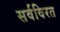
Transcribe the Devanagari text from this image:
सर्वविरत